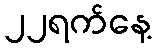
၂၂ရက်နေ့